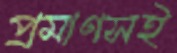
প্রমাণসই